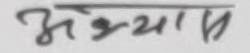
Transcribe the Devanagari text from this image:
अभ्यास